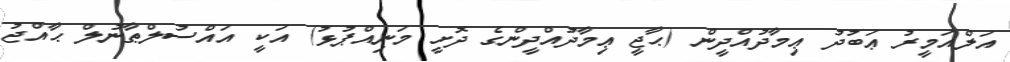
އަލްއަމީރު ޢަބުދު ޢިމާދުއްދީން (ޙާޖީ ޢިމާދުއްދީންގެ ދޮށީ މަނިއްޕުޅު) އަކީ އައްސުލްޠާނުލް ޙާއްޖު